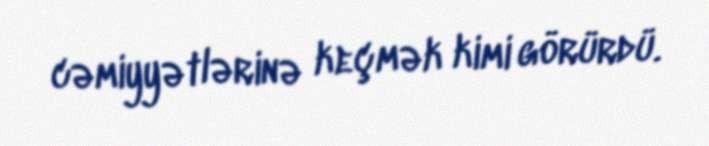
cəmiyyətlərinə keçmək kimi görürdü.